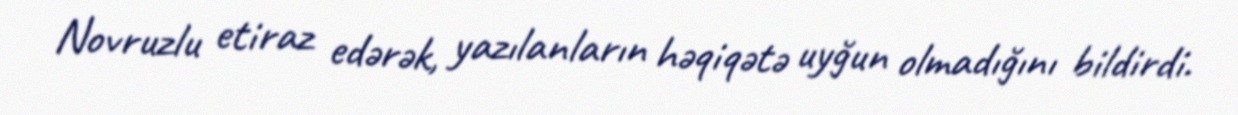
Novruzlu etiraz edərək, yazılanların həqiqətə uyğun olmadığını bildirdi.